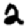
Digit: 2